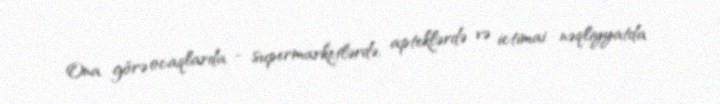
Ona görə ocaqlarda - supermarketlərdə, apteklərdə və ictimai nəqliyyatda